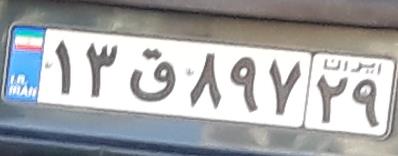
۱۳ق۸۹۷۲۹